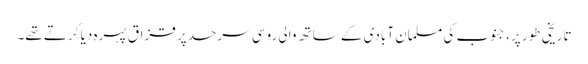
تاریخی طور پر، جنوب کی مسلمان آبادی کے ساتھ والی روسی سرحد پر قزاق پہرہ دیا کرتے تھے۔